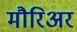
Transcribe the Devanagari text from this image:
मौरिअर